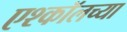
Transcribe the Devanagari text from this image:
एश्कॉलच्या